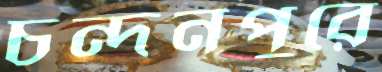
চন্দনপুরে